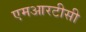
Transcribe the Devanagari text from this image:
एमआरटीसी